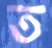
ত